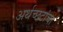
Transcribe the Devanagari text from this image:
अर्थच्‍छटांचा